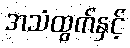
အသံထွက်နှင့်